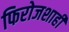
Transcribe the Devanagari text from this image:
फिरोजशाही